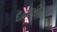
દઢાલીયા